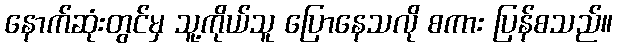
နောက်ဆုံးတွင်မှ သူ့ကိုယ်သူ ပြောနေသလို စကား ပြန်စသည်။